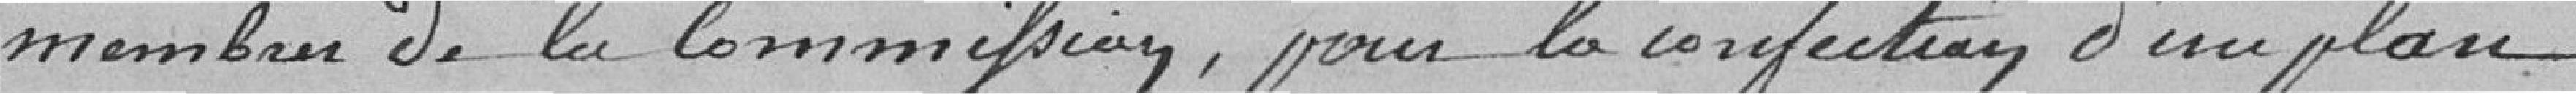
membres de la commission, pour la confection d'un plan